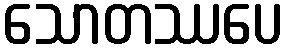
သောတဿပေ